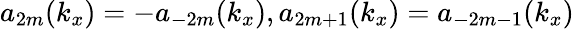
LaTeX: a_{2m}(k_{x})=-a_{-2m}(k_{x}),a_{2m+1}(k_{x})=a_{-2m-1}(k_{x})